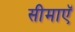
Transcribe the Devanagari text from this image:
सीमाएॅ